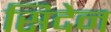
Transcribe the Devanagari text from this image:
सिदेन